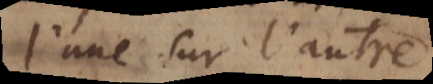
l’une et l’autre